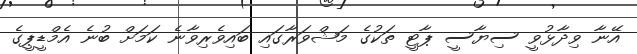
އޭނާ ވިދާޅުވީ ސިޔާސީ ޕާޓީ ތަކުގެ މަޝްވަރާގައި ބައިވެރިވާނެ ކަމަށް ބުނެ އެމްޑީޕީގެ